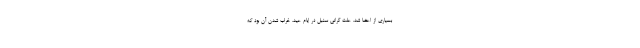
بسیاری از اعضا شد. علت گرانی سنبل در ایام عید، خراب شدن آن بود که